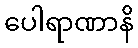
ပေါရာဏာနိ